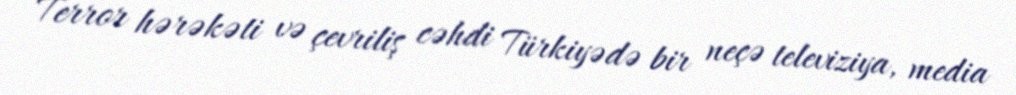
Terror hərəkəti və çevriliş cəhdi Türkiyədə bir neçə televiziya, media